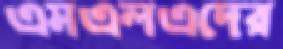
এমএলএদের